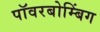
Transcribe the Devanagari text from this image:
पॉवरबोम्बिंग